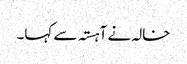
خالہ نے آہستہ سے کہا۔